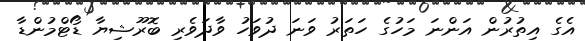
އެގެ އިތުރުން އަންނަ މަހުގެ ހަތަރު ވަނަ ދުވަހު ވާދަވެރި ބޮރޫޝިޔާ ޑޯޓްމުންޑާ